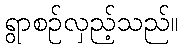
ရွာစဉ်လှည့်သည်။